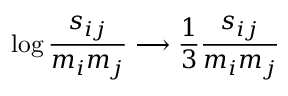
\log \frac { s _ { i j } } { m _ { i } m _ { j } } \longrightarrow \frac { 1 } { 3 } \frac { s _ { i j } } { m _ { i } m _ { j } }